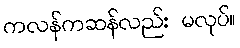
ကလန်ကဆန်လည်း မလုပ်။